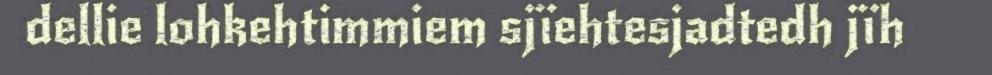
dellie lohkehtimmiem sjïehtesjadtedh jïh